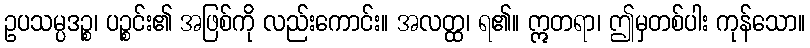
ဥပသမ္ပဒဉ္စ၊ ပဉ္စင်း၏ အဖြစ်ကို လည်းကောင်း။ အလတ္ထ၊ ရ၏။ ဣတရာ၊ ဤမှတစ်ပါး ကုန်သော။